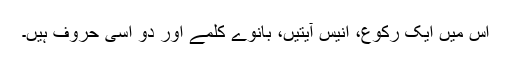
اس میں ایک رکوع، انیس آیتیں، بانوے کلمے اور دو اسی حروف ہیں۔